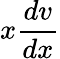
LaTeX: x\frac{dv}{dx}